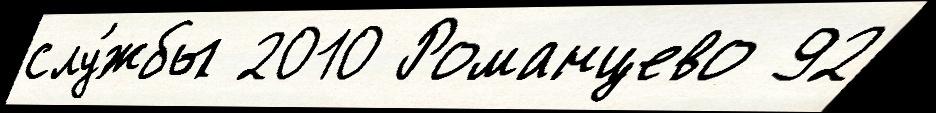
слу́жбы 2010 Романцево 92